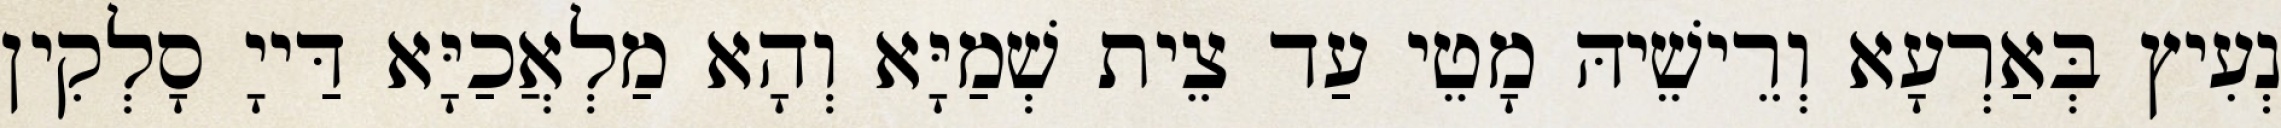
נְעִיץ בְּאַרְעָא וְרֵישֵׁיהּ מָטֵי עַד צֵית שְׁמַיָּא וְהָא מַלְאֲכַיָּא דַּייָ סָלְקִין